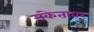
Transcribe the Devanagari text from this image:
संकेतावर